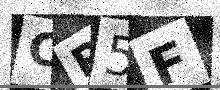
Text: CP5F